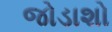
જોડાશો